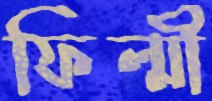
ফিল্মী